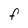
Character: F